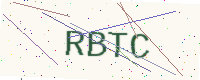
Text: RBTC